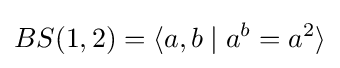
BS(1,2)=\langle a,b\mid a^{b}=a^{2}\rangle